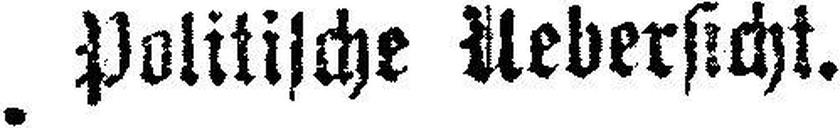
Politische Aebersicht.